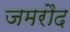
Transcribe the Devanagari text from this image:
जमरौद